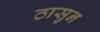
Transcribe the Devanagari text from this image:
ठासुन